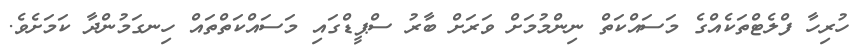
ހުރިހާ ފްލެޓްތަކެއްގެ މަސައްކަތް ނިންމުމަށް ވަރަށް ބާރު ސްޕީޑްގައި މަސައްކަތްތައް ހިނގަމުންދާ ކަމަށެވެ.